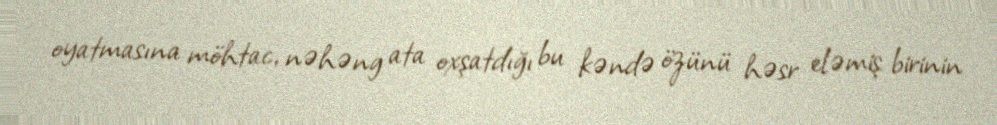
oyatmasına möhtac, nəhəng ata oxşatdığı bu kəndə özünü həsr eləmiş birinin